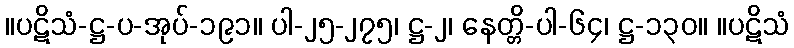
။ပဋိသံ-ဋ္ဌ-ပ-အုပ်-၁၉၁။ ပါ-၂၅-၂၇၅၊ ဋ္ဌ-၂၊ နေတ္တိ-ပါ-၆၄၊ ဋ္ဌ-၁၃၀။ ။ပဋိသံ